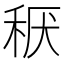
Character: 𱶂